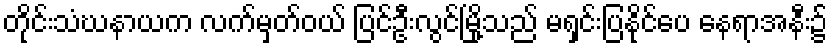
တိုင်းသံဃနာယက လက်မှတ်ဝယ် ပြင်ဦးလွင်မြို့သည် မရှင်းပြနိုင်ပေ နေရာအနီး၌